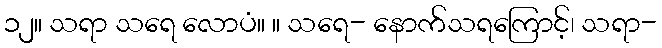
၁၂။ သရာ သရေ လောပံ။ ။ သရေ- နောက်သရကြောင့်၊ သရာ-